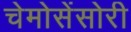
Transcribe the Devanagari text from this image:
चेमोसेंसोरी